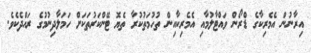
އިރާނުން އެމެރިކާގެ ޑްރޯން ވައްޓާލުމާއި އެމެރިކާއިން ތުހުމަތުކުރާ ތެޔޮ ޓޭންކަރުތަކަށް ހަމަލާދިނުމުގެ ރައްދެކެވެ.